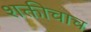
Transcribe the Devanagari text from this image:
शक्तीचाच